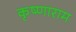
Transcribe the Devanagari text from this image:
कृष्णाराम